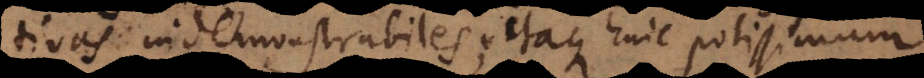
vas indemonstrabiles; itaque huic potissimum